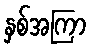
နှစ်အကြာ